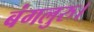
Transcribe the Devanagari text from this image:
बंगलुरु।